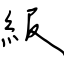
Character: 級